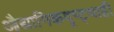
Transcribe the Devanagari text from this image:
औद्यागिकदृष्ट्याही